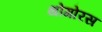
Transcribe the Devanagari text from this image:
थोगोरस